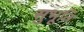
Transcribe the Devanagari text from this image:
सुभूति